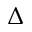
\Delta